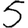
Digit: 5